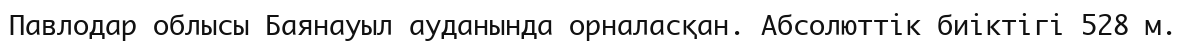
Павлодар облысы Баянауыл ауданында орналасқан. Абсолюттiк биіктігі 528 м.